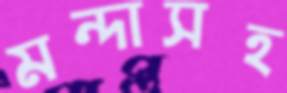
মন্দাসহ